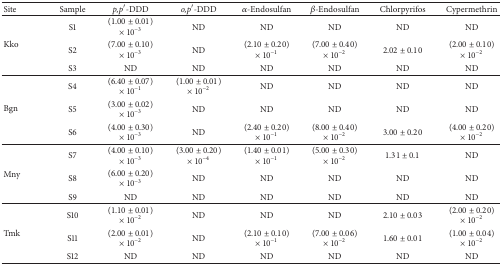
| Site | Sample | p,p′-DDD | o,p′-DDD | α-Endosulfan | β-Endosulfan | Chlorpyrifos | Cypermethrin |
 | --- | --- | --- | --- | --- | --- | --- | --- |
 | <ROWSPAN=3> Kko | S1 | (1.00 ± 0.01) × 10−3 | ND | ND | ND | ND | ND |
 | S2 | (7.00 ± 0.10) × 10−3 | ND | (2.10 ± 0.20) × 10−1 | (7.00 ± 0.40) × 10−2 | 2.02 ± 0.10 | (2.00 ± 0.10) × 10−2 |
 | S3 | ND | ND | ND | ND | ND | ND |
 | <ROWSPAN=3> Bgn | S4 | (6.40 ± 0.07) × 10−1 | (1.00 ± 0.01) × 10−2 | ND | ND | ND | ND |
 | S5 | (3.00 ± 0.02) × 10−3 | ND | ND | ND | ND | ND |
 | S6 | (4.00 ± 0.30) × 10−3 | ND | (2.40 ± 0.20) × 10−1 | (8.00 ± 0.40) × 10−2 | 3.00 ± 0.20 | (4.00 ± 0.20) × 10−2 |
 | <ROWSPAN=3> Mny | S7 | (4.00 ± 0.10) × 10−3 | (3.00 ± 0.20) × 10−4 | (1.40 ± 0.01) × 10−1 | (5.00 ± 0.30) × 10−2 | 1.31 ± 0.1 | ND |
 | S8 | (6.00 ± 0.20) × 10−3 | ND | ND | ND | ND | ND |
 | S9 | ND | ND | ND | ND | ND | ND |
 | <ROWSPAN=3> Tmk | S10 | (1.10 ± 0.01) × 10−2 | ND | ND | ND | 2.10 ± 0.03 | (2.00 ± 0.20) × 10−2 |
 | S11 | (2.00 ± 0.01) × 10−2 | ND | (2.10 ± 0.10) × 10−1 | (7.00 ± 0.06) × 10−2 | 1.60 ± 0.01 | (1.00 ± 0.04) × 10−2 |
 | S12 | ND | ND | ND | ND | ND | ND |